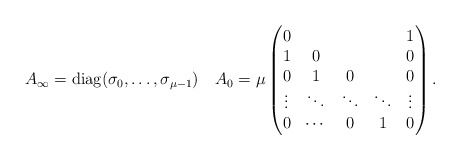
\begin{align*}A_\infty=\mathrm{diag}(\sigma_0,\dots,\sigma_{\mu-1})\quad\arraycolsep=5ptA_0=\mu\begin{pmatrix}0&&&&1\\1&0&&&0\\0&1&0&&0\\\vdots&\ddots&\ddots&\ddots&\vdots\\0&\cdots&0&1&0\end{pmatrix}.\end{align*}